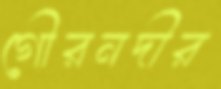
গৌরনদীর